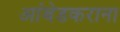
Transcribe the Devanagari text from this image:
आंबेडकराना